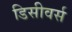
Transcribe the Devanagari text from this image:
डिसीवर्स